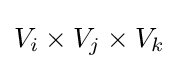
V_{i}\times V_{j}\times V_{k}